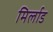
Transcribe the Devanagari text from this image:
मिर्लाड